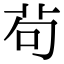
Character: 茍